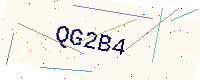
Text: QG2B4